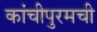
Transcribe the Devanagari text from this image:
कांचीपुरमची